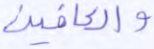
والعافين